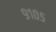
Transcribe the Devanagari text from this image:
९१०५